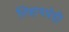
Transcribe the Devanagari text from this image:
लिहणारेही